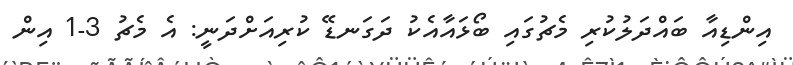
އިންޑިއާ ބައްދަލުކުރި މެޗުގައި ބޯޅައާއެކު ދަގަނޑޭ ކުރިއަށްދަނީ: އެ މެޗު 3-1 އިން